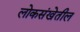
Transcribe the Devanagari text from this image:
लोकसंखेतील